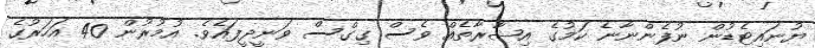
ޔުނައިޓެޑުން ނުފެންނާނެ ކަމުގެ އިޝާރާތެއް ވެސް ގިގްސް ވަނީދީފައެވެ. އުމުރުން 40 އަހަރުގެ